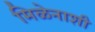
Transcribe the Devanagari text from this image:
मिळेनाशी